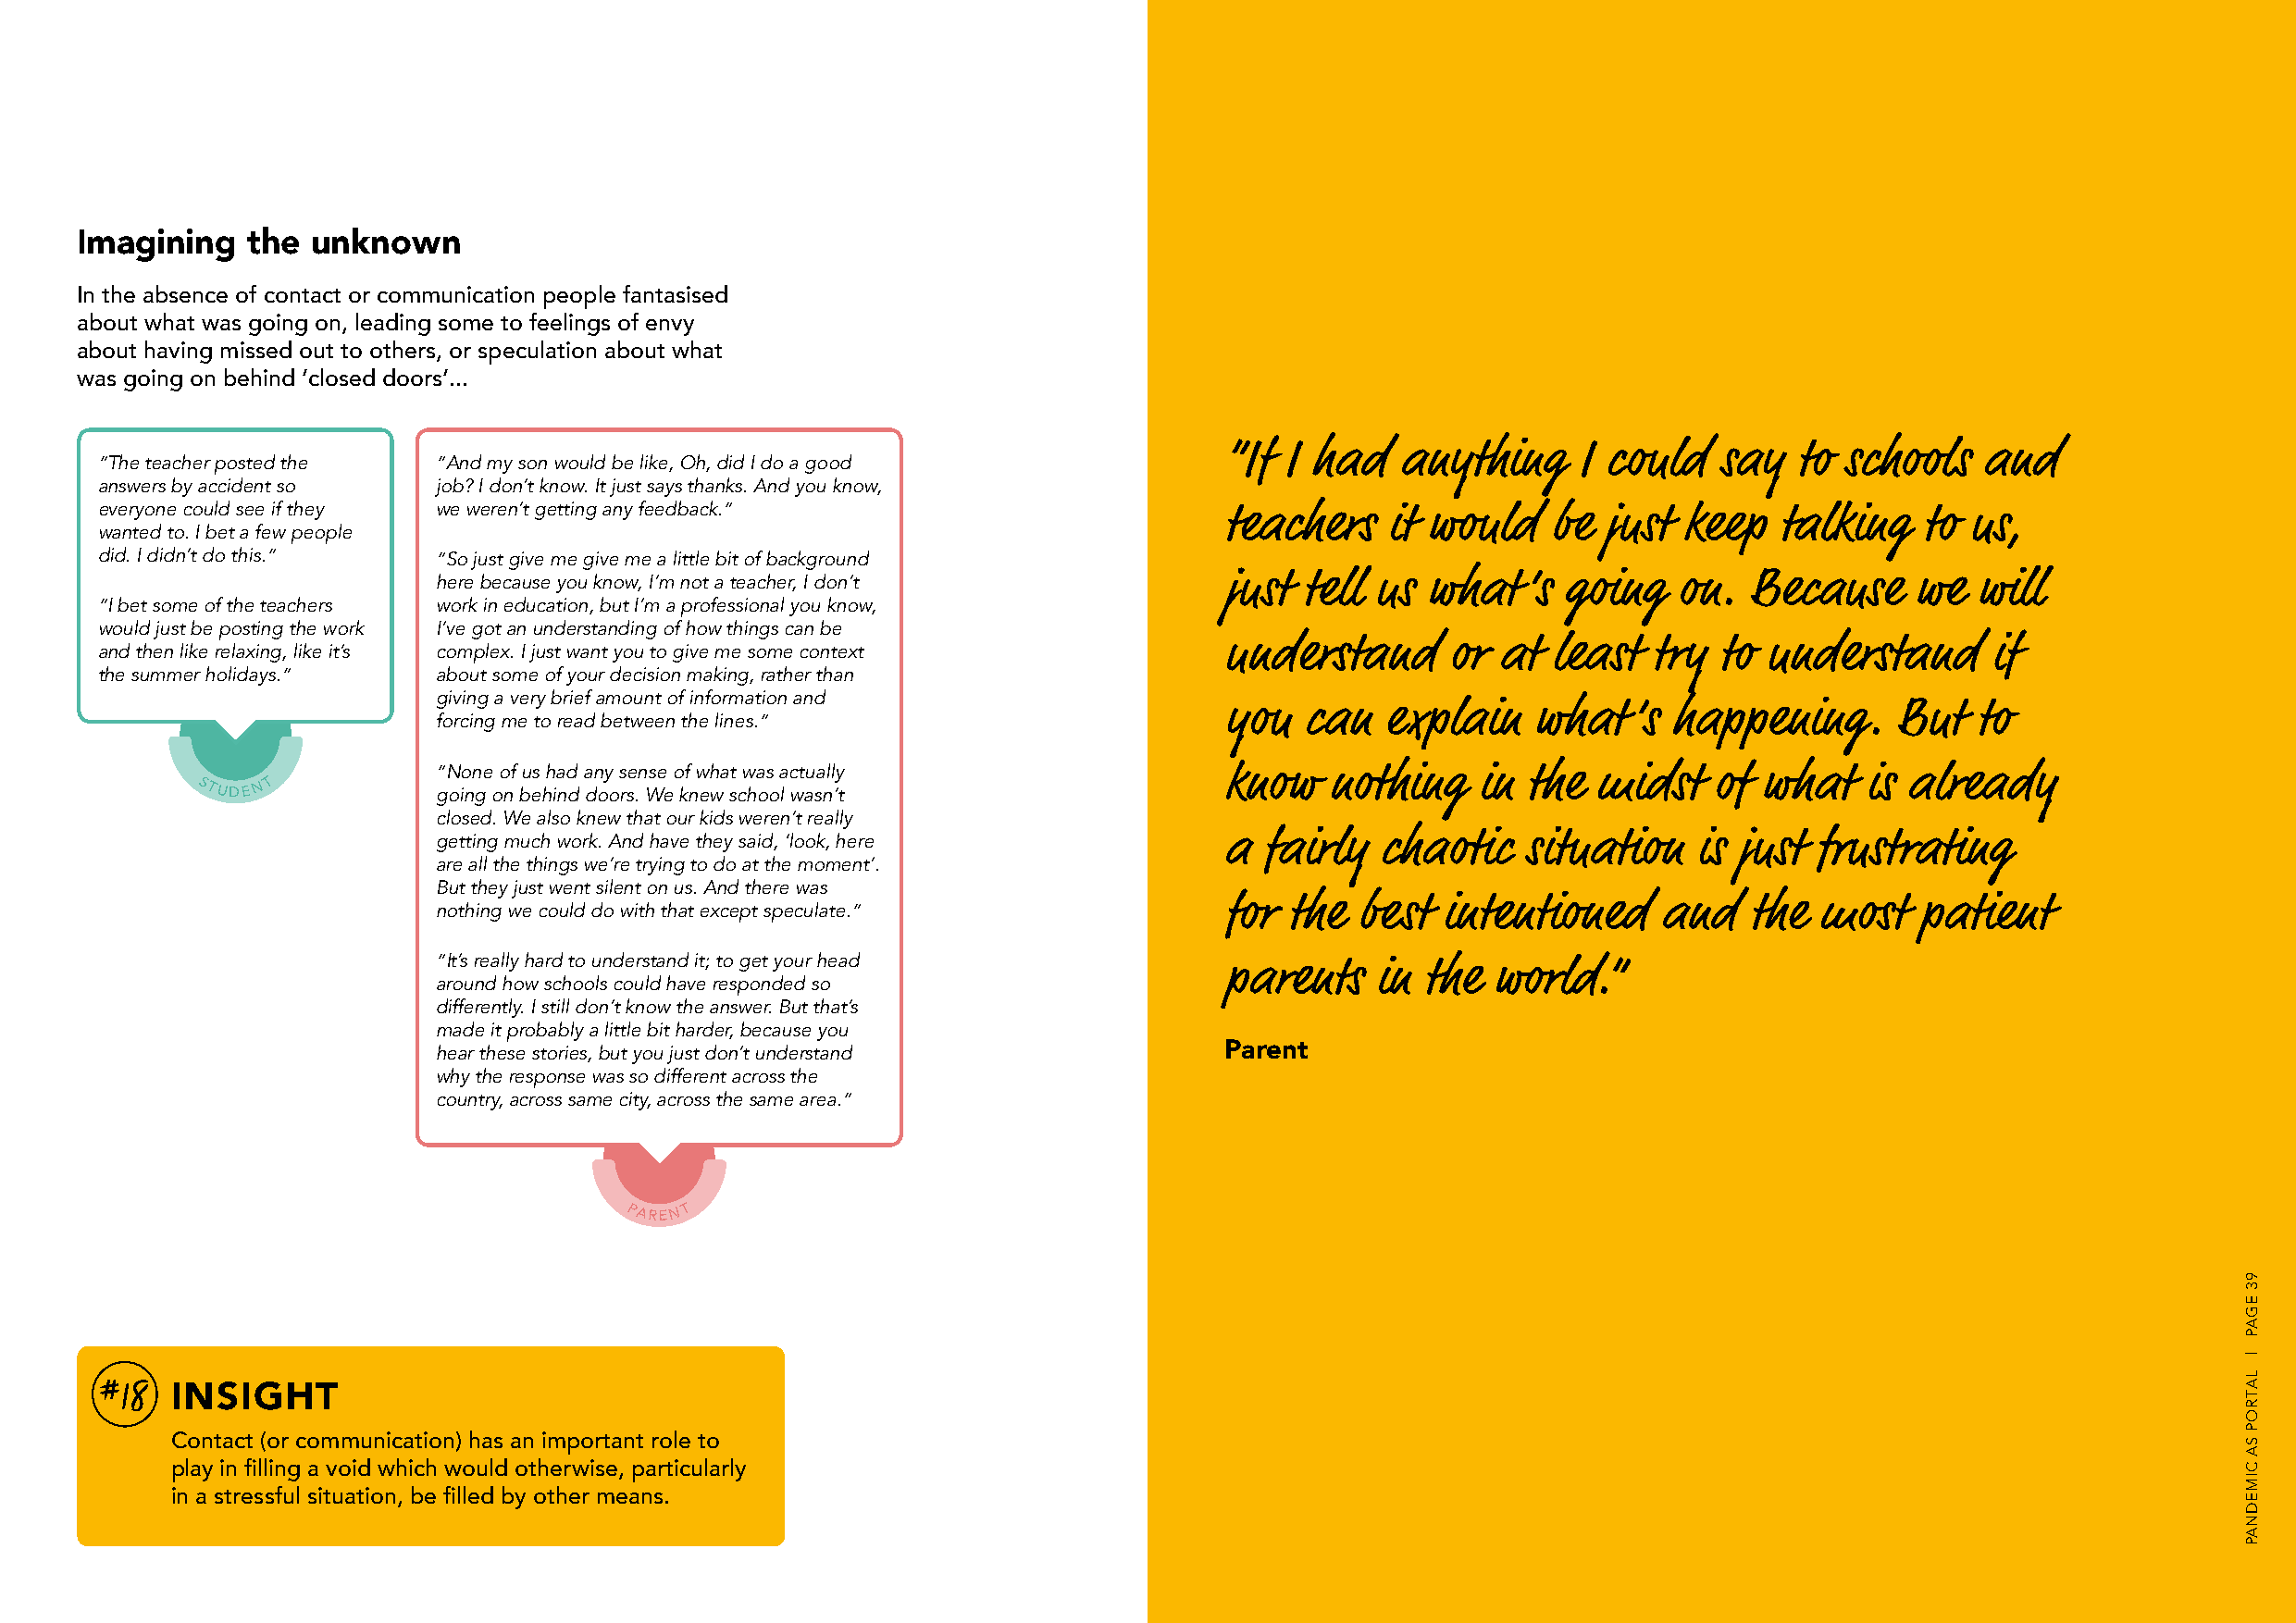
Imagining    the unknown
 In the absence of contact or communication people fantasised
 about what was going on, leading some to feelings of envy
 about having missed out to others, or speculation about what
 was going on behind ‘closed doors’...
 ”If I had   anything     I could   say   to schools   and
 ”The teacher posted the ”And my son would be like, Oh, did I do a good
 answers by accident so  job? I don’t know. It just says thanks. And you know,
 everyone could see if they we weren’t getting any feedback.”
 teachers   it would    be  just keep   talking    to us,
 wanted to. I bet a few people
 did. I didn’t do this.” ”So just give me give me a little bit of background
 here because you know, I’m not a teacher, I don’t        just tell us  what   ’s going   on.  Because     we  will
 ”I bet some of the teachers work in education, but I’m a professional you know,
 would just be posting the work I’ve got an understanding of how things can be
 and then like relaxing, like it’s complex. I just want you to give me some context understand    or at  least  try  to understand      if
 the summer holidays.”   about some of your decision making, rather than
 giving a very brief amount of information and
 you  can   explain    what   ’s happening.      But  to
 forcing me to read between the lines.”
 ”None of us had any sense of what was actually           know   nothing    in the  midst    of what   is already
 STUDE N T        going on behind doors. We knew school wasn’t
 closed. We also knew that our kids weren’t really
 getting much work. And have they said, ‘look, here       a fairly   chaotic   situation   is just  frustrating
 are all the things we’re trying to do at the moment’.
 But they just went silent on us. And there was
 nothing we could do with that except speculate.”         for the  best  intentioned     and   the  most   patient
 ”It’s really hard to understand it; to get your head
 parents   in  the  world.”
 around how schools could have responded so
 differently. I still don’t know the answer. But that’s
 made it probably a little bit harder, because you
 hear these stories, but you just don’t understand        Parent
 why the response was so different across the
 country, across same city, across the same area.”
 PAREN T
 #18
 INSIGHT
 Contact (or communication) has an important role to
 play in filling a void which would otherwise, particularly
 in a stressful situation, be filled by other means.
 93
 EGAP
 |
 LATROP
 SA
 CIMEDNAP